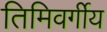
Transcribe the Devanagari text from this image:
तिमिवर्गीय